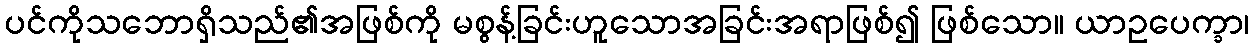
ပင်ကိုသဘောရှိသည်၏အဖြစ်ကို မစွန့်ခြင်းဟူသောအခြင်းအရာဖြစ်၍ ဖြစ်သော။ ယာဥပေက္ခာ၊